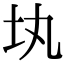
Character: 𡉕